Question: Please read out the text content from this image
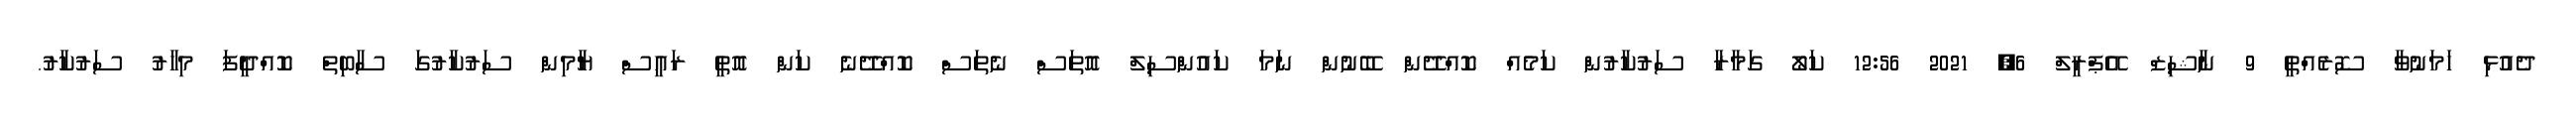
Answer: ދެއުޅި ހަމަނުވާ ސޮރެއްތީ 9 ނާޝިޒް އޭޕްރީލް 6, 2021 12:56 ކަލޯ ގަމާރާ ސަރުކާރުން ކަމެއް ކޮއްދޭން ބޭނުން ނަމަ ކައުންސިލް އޮތަސް ނެތަސް ކޮއްދޭނެ ކަން އޮތީ ރައީސް ޔާމިން ސަރުކާރުގަ ސާބިތް ކޮއްދީފަ މިހާރު ސަރުކާރު.